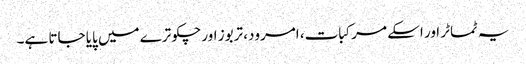
یہ ٹماٹر اور اسکے مرکبات، امرود، تربوز اور چکوترے میں پایا جاتا ہے۔